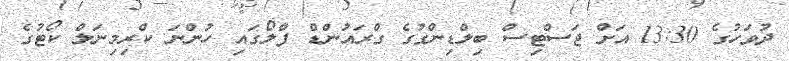
ދުވަހުގެ 13:30 އަށް ޖަސްޓިސް ބިލްޑިންގުގެ ގްރައުންޑް ފްލޯގައި ހުންނަ ކްރިމިނަލް ކޯޓުގެ